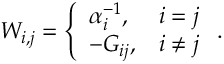
W _ { i , j } = \left\{ \begin{array} { l l } { \alpha _ { i } ^ { - 1 } , } & { i = j } \\ { - G _ { i j } , } & { i \neq j } \end{array} \right. .